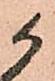
候